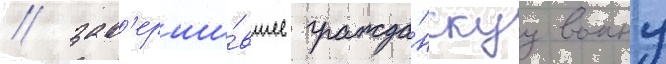
/ зав'ерши́вшее гражда́нскуу воину